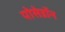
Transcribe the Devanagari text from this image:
पोसेडॉन